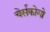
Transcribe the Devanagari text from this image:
चेर्सकोगो